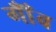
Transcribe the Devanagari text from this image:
गाँँव